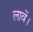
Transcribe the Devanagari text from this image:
लावें।